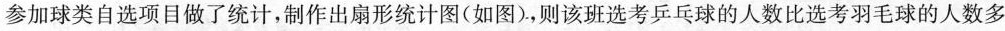
参加球类自选项目做了统计，制作出扇形统计图(如图)，则该班选考乒乓球的人数比选考羽毛球的人数多